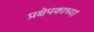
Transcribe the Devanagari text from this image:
प्रक्षेपकाच्या